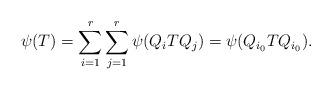
LaTeX: \begin{align*}\psi(T)= \sum_{i=1}^{r}\sum_{j=1}^{r} \psi(Q_i T Q_j)= \psi(Q_{i_0}TQ_{i_0}).\end{align*}